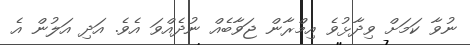
ނުވާ ކަމަށް ވިދާޅުވެ އިމްރާން ޖަވާބެއް ނުދެއްވަ އެވެ. އަދި އަލުން އެ